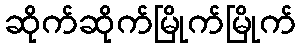
ဆိုက်ဆိုက်မြိုက်မြိုက်